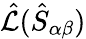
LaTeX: \hat{\cal L}(\hat{S}_{\alpha\beta})